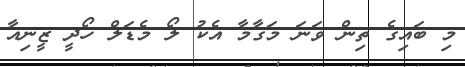
މި ބައިގެ ތިން ވަނަ މަގާމާ އެކު ލޯ މެޑަލް ހޯދީ ޒީނިއާ